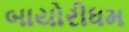
બાયોરીધમ